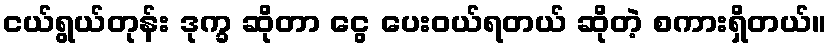
ငယ်ရွယ်တုန်း ဒုက္ခ ဆိုတာ ငွေ ပေးဝယ်ရတယ် ဆိုတဲ့ စကားရှိတယ်။